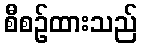
စီစဉ်ထားသည်